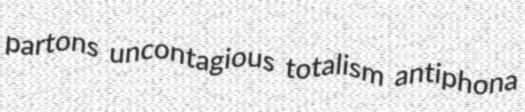
partons uncontagious totalism antiphona